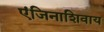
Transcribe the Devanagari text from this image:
एंजिनाशिवाय